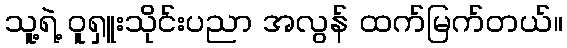
သူ့ရဲ့ ဝူရှူးသိုင်းပညာ အလွန် ထက်မြက်တယ်။